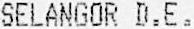
SELANGOR D.E.